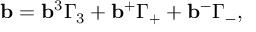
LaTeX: { \bf b } = { \bf b } ^ { 3 } \Gamma _ { 3 } + { \bf b } ^ { + } \Gamma _ { + } + { \bf b } ^ { - } \Gamma _ { - } ,